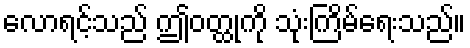
လောရင့်သည် ဤဝတ္ထုကို သုံးကြိမ်ရေးသည်။